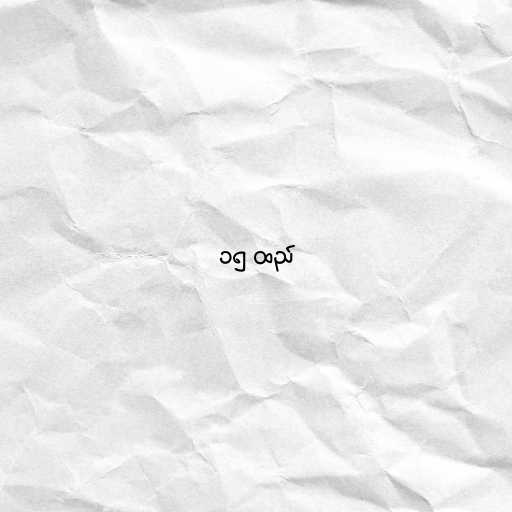
၁၅ ထည်